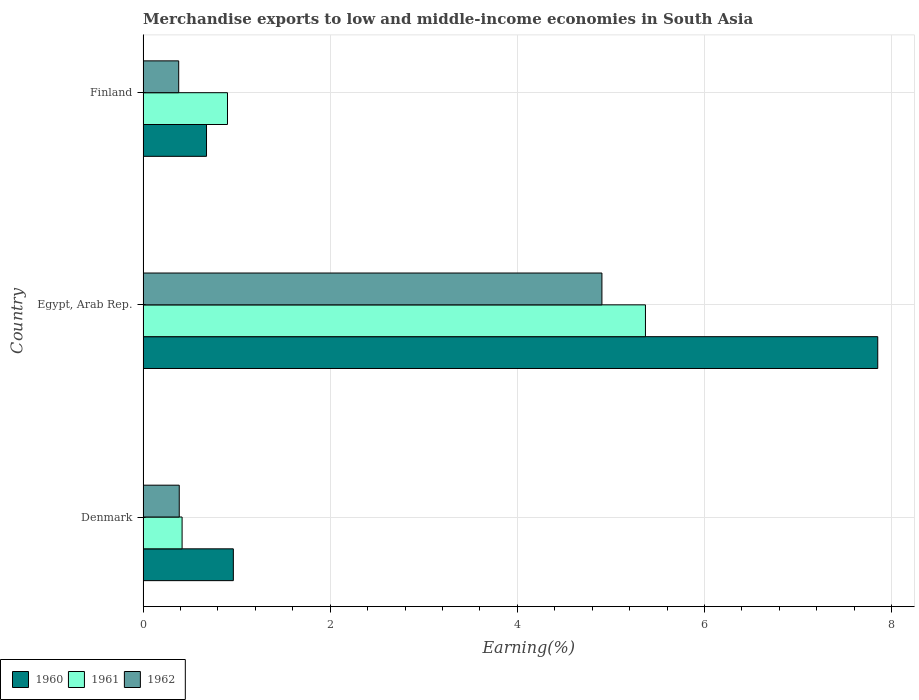
| Country | 1960 | 1961 | 1962 |
 | --- | --- | --- | --- |
 | Denmark | 0.965 | 0.417 | 0.387 |
 | Egypt, Arab Rep. | 7.85 | 5.37 | 4.9 |
 | Finland | 0.678 | 0.902 | 0.381 |